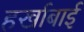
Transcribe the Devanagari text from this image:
हर्खाबाई